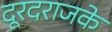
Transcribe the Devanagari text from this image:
दूरदराजके